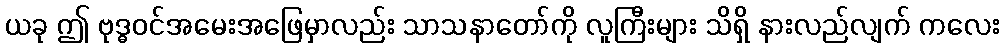
ယခု ဤ ဗုဒ္ဓဝင်အမေးအဖြေမှာလည်း သာသနာတော်ကို လူကြီးများ သိရှိ နားလည်လျက် ကလေး